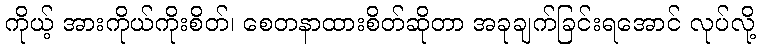
ကိုယ့် အားကိုယ်ကိုးစိတ်၊ စေတနာထားစိတ်ဆိုတာ အခုချက်ခြင်းရအောင် လုပ်လို့